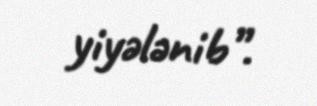
yiyələnib”.